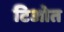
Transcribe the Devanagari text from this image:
टिओत